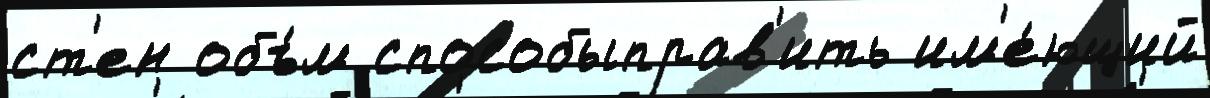
ст'ен объ́м способыправ'ить им'е́ющий